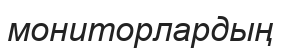
мониторлардың